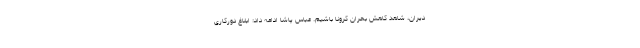
دیران، شاهد کاهش بحران کرونا باشیم. عباس پاشا ادامه داد: ابلاغ دورکاری